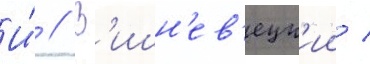
И́ // В'ишн'ев'ецк'ии /